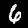
Label: 6